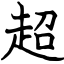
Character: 超